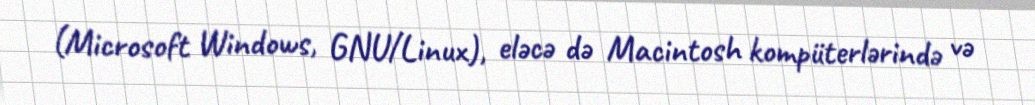
(Microsoft Windows, GNU/Linux), eləcə də Macintosh kompüterlərində və